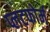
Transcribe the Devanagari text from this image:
प्लटफोर्म